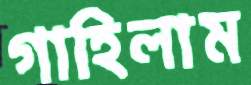
গাহিলাম